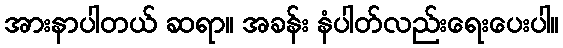
အားနာပါတယ် ဆရာ။ အခန်း နံပါတ်လည်းရေးပေးပါ။